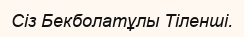
Сіз Бекболатұлы Тіленші.